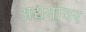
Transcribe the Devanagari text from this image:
अद्ययावर